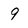
Character: 9